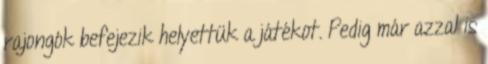
rajongók befejezik helyettük a játékot. Pedig már azzal is